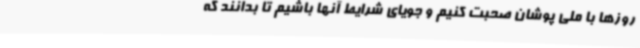
روزها با ملی پوشان صحبت کنیم و جویای شرایط آنها باشیم تا بدانند که